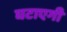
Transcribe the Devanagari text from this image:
घटाएगी